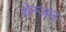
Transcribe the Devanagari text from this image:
शेन्ज़न